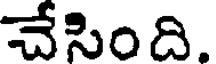
చేసింది.